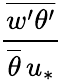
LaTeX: \frac{\overline{{w^{\prime}\theta^{\prime}}}}{\overline{{\theta}}\, u_{*}}